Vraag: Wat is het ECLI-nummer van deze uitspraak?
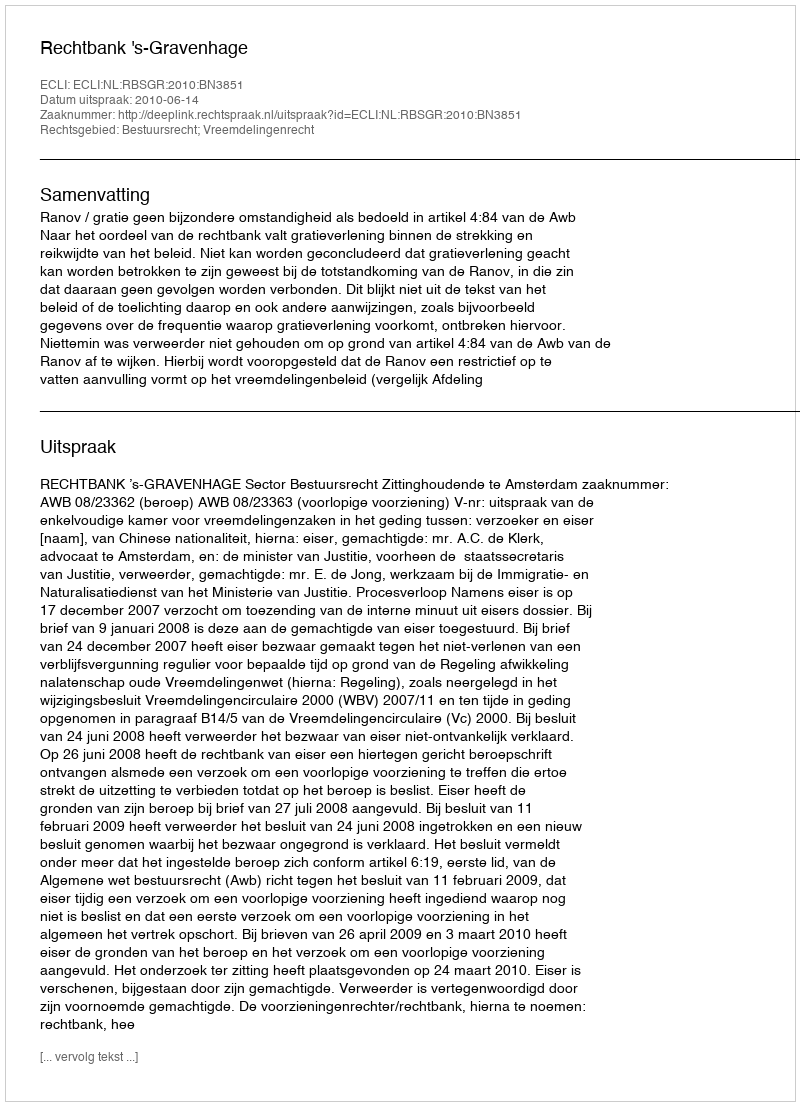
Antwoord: ECLI:NL:RBSGR:2010:BN3851